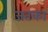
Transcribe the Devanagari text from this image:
जतका